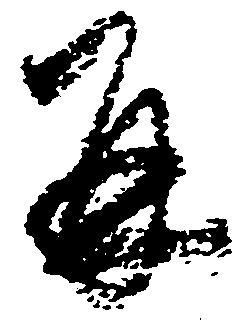
并